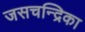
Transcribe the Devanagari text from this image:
जसचन्द्रिका